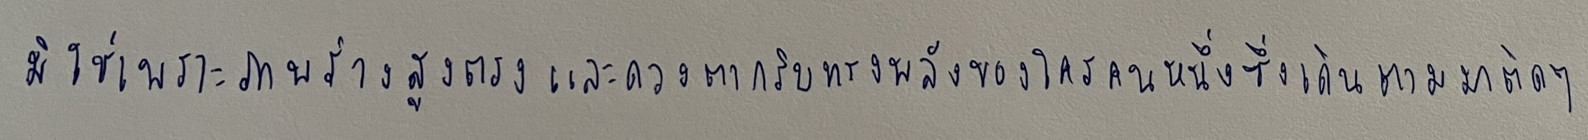
มิใช่เพราะภาพร่างสูงตรงและดวงตากริบทรงพลังของใครคนหนึ่งซึ่งเดินตามมาติดๆ